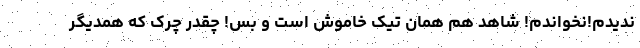
ندیدم!نخواندم! شاهد هم همان تیکِ خاموش است و بس! چقدر چِرک که همدیگر